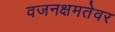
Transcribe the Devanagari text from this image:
वजनक्षमतेवर